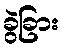
ခွဲခြား